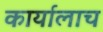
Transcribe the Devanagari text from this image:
कार्यालाच